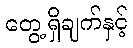
တွေ့ရှိချက်နှင့်